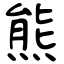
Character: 熊